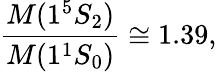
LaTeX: {\frac{M(1^{5}S_{2})}{M(1^{1}S_{0})}}\cong 1.39,